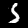
Digit: 5